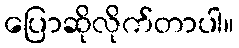
ပြောဆိုလိုက်တာပါ။